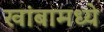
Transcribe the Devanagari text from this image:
खांबामध्ये